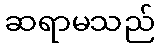
ဆရာမသည်